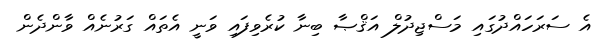
އެ ސަރަހައްދުގައި މަސްޖިދުލް އަޤްޞާ ބިނާ ކުރެވިފައި ވަނީ އެތައް ގަރުނެއް ވާންދެން